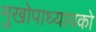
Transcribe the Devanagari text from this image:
मुखोपाध्यायको